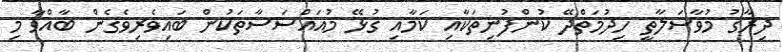
ދިރާގު މުވާސަލާތީ ހިދުމަތްދޭ ކުންފުނިތަކާއި ކަމާއި ގުޅޭ މުއައްސަސާތަކުން ބައިވެރިވެގެން ބާއްވާ މި